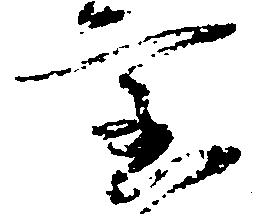
宝